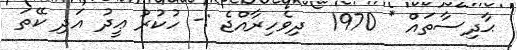
ޙާދިސާތައް * 1970  ދިވެހިރާއްޖެ :- ހުކުރު ޢީދު އަދި ކޭތަ